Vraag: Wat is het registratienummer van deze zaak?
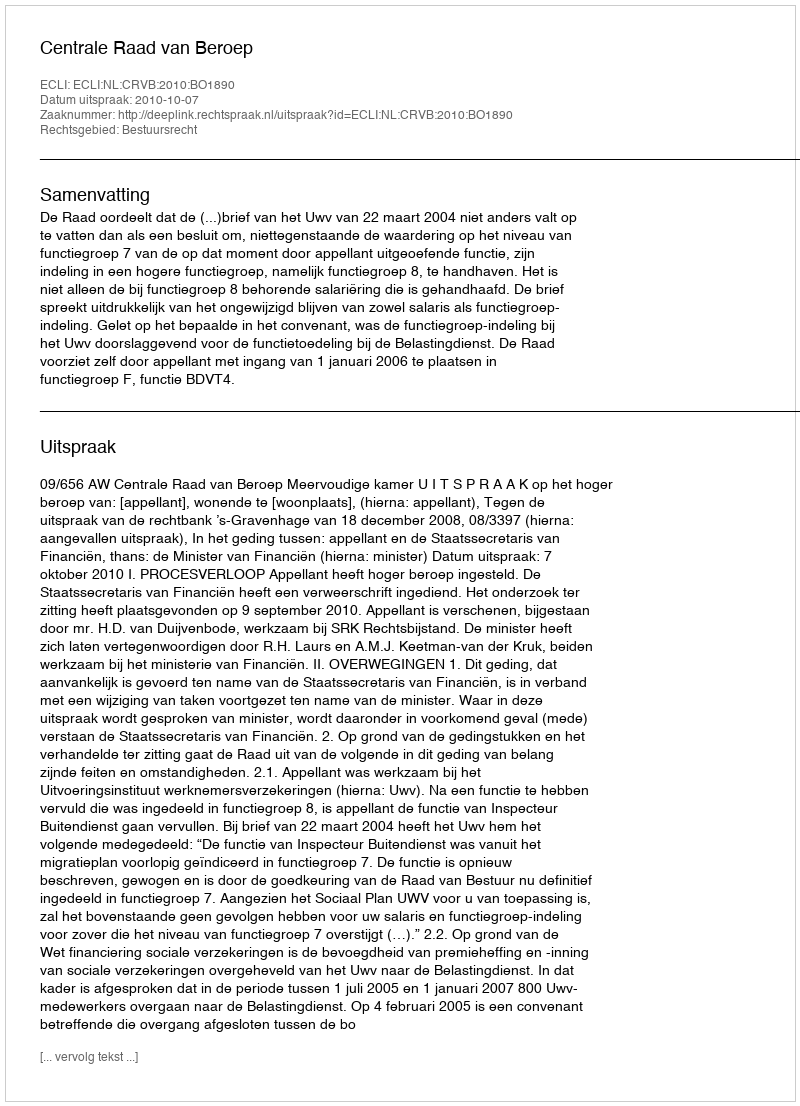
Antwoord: http://deeplink.rechtspraak.nl/uitspraak?id=ECLI:NL:CRVB:2010:BO1890